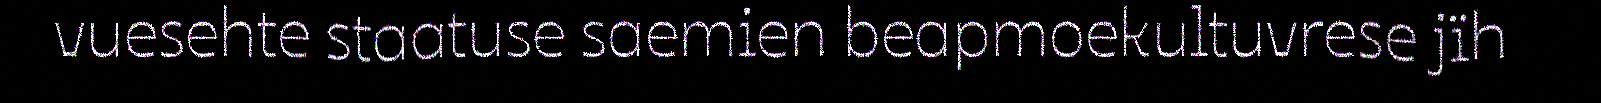
vuesehte staatuse saemien beapmoekultuvrese jïh